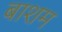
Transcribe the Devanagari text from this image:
बाशम